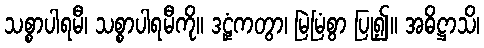
သစ္စာပါရမီ၊ သစ္စာပါရမီကို။ ဒဠှံကတွာ၊ မြဲမြံစွာ ပြု၍။ အဓိဋ္ဌာသိ၊